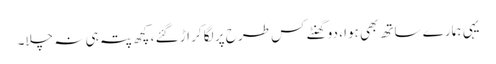
یہی ہمارے ساتھ بھی ہوا ، دو گھنٹے کس طرح پر لگا کر اڑ گئے ، کچھ پتہ ہی نہ چلا۔